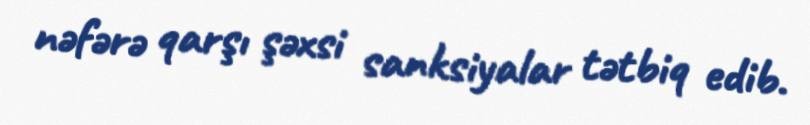
nəfərə qarşı şəxsi sanksiyalar tətbiq edib.